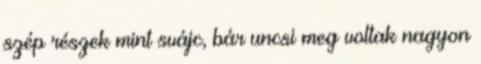
szép részek mint svájc, bár uncsi meg voltak nagyon